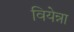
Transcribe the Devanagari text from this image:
वियेन्ना